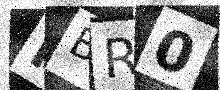
Text: FBR0